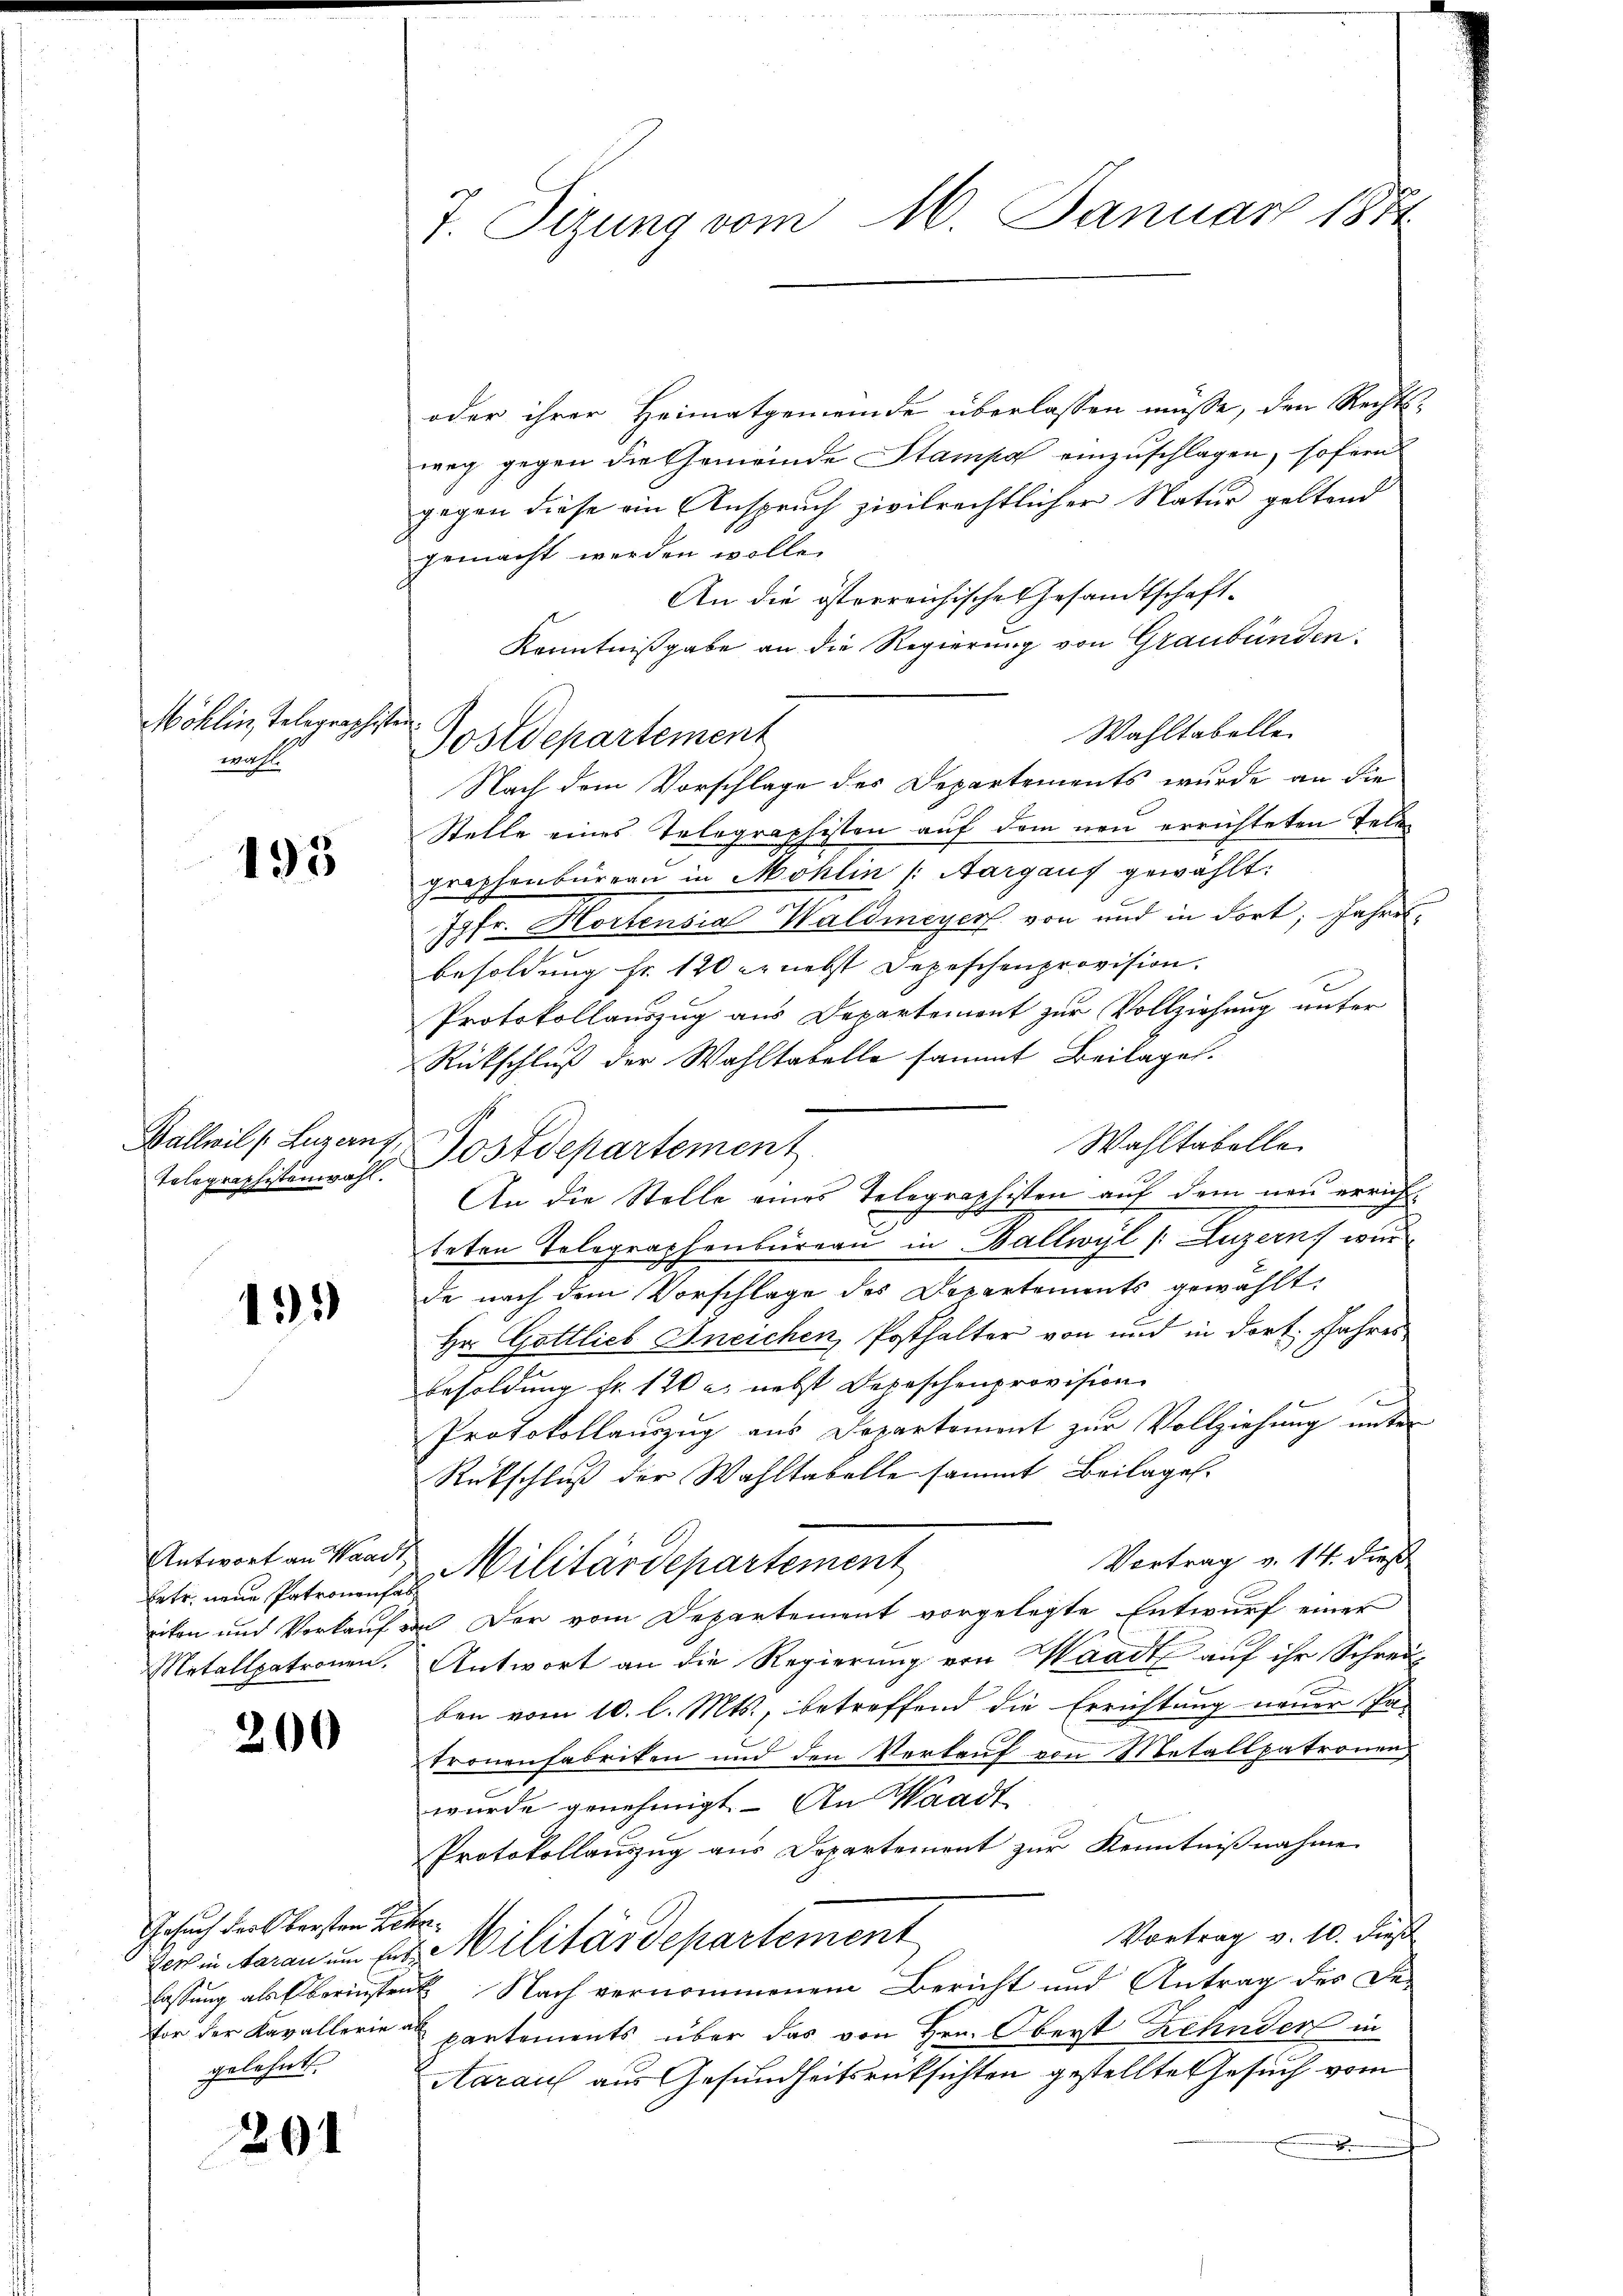
Möhlin, Telegraphis
wahl.

195

Ballwil (Luzern,
Telegraphistenwahl.

135

betr. neue Patronen hab
Metallpatronen,

200

Gesuch ders bersten Lehen.
gelehnt.

201

7 Tizung vom 16. Januar 181

d
Postdepartement

oder ihrer Heimatgemeinde überlassen müsse, den Rechts-
weg gegen die Gemeinde Stampal einzuschlagen, sofern
gegen diese ein Anspruch zivilrechtlicher Natur geltend
gemacht werden wolle.
An die österreichische Gesandtschaft¬
Kenntnißgabe an die Regierung von Graubünden.
Wahltabelle
Nach dem Vorschlage des Departements wurde an die
Stelle eines Telegraphisten auf dem neu errichteten Telegrophenbürren in Mohlin /: Aargauf gewählt:
Jgfr. Hortensia Waldmeyer von und in dort, Jahre
Besoldung fr. 120 nebst Depeschenprovision.
Protokollauszug aus Departement zur Vollziehung unter
Rückschluß der Wahltabelle sammt Beilages.
Wahltabelle
 Postdepartement
An die Stelle eines Telegraphisten auf dem neu erricht
G
teten Telegraphenbureau in Ballwyl (Luzern, wurd
de nach dem Vorschlage des Departements gewählt:
Hr. Gottlieb Kneichen, Posthalter von und in dort. Jahres
Besoldung fr. 120 u. nebst Depeschenprovision
Protokollauszug aus Departement zur Vollziehung unter
Rückschluß der Wahltabelle sammt Beilagen.
Vortrag v. 14. dieß
Antwort an Waadt, Militärdepartement
xikon und Verkauf von der vom Departement vorgelegte Entwurf einer
Antwort an die Regierung von Waadt auf ihr Schrei
ben vom 10. l. Mts., betreffend die Errichtung neuer Pa-
tronenfabriken und den Verkauf von Metallpatronen
wurde genehmigt. An Waadt
Protokollauszug aus Departement zur Kenntnißnahme
Vortrag v. 10. dieß
zers in daran um Ers Militärdepartement
lassung als berinsten Nach vernommenem Bericht und Antrag des De-
for der Kavallerie a partements über das von Hrn. Oberst Zehnder in
Aarauf aus Gesundheitsrücksichten gestellte Gesuch vom
.